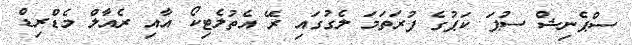
ސްޕެނިޝް ސުޕަ ކަޕުގެ ފުރަތަމަ ލެގުގައި ރޭ އެތުލެޓިކޯ އާއި ރެއާލް މެޑްރިޑް